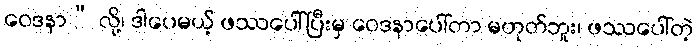
ဝေဒနာ” လို့၊ ဒါပေမယ့် ဖဿပေါ်ပြီးမှ ဝေဒနာပေါ်တာ မဟုတ်ဘူး၊ ဖဿပေါ်တဲ့